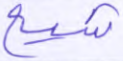
شيع